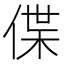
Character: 偞